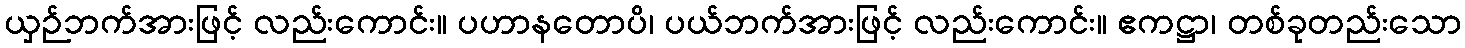
ယှဉ်ဘက်အားဖြင့် လည်းကောင်း။ ပဟာနတောပိ၊ ပယ်ဘက်အားဖြင့် လည်းကောင်း။ ဧကဋ္ဌာ၊ တစ်ခုတည်းသော